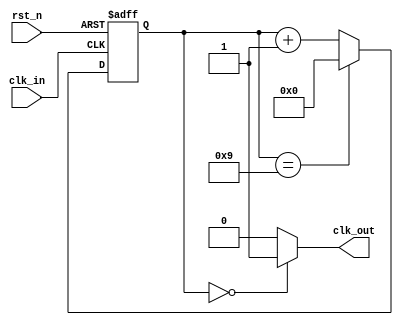
// Frequency clock divider

module cnt_div
#(
  parameter DIV_CNT=10,
  parameter WIDTH = $clog2(DIV_CNT)
)
(
 input  clk_in,
 input  rst_n,
 output clk_out
);

   
   reg [WIDTH-1:0] cnt;

   always@(posedge clk_in or negedge rst_n)
     begin
        if(!rst_n)
          cnt <= {WIDTH{1'b0}};
        else if(cnt == DIV_CNT-1)
          cnt <= {WIDTH{1'b0}};
        else
          cnt <= cnt + 1'b1;
     end
   
   assign clk_out = (cnt == 0) ? 1'b1 : 1'b0;
   
endmodule // cnt_div